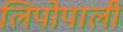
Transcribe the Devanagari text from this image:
लिपोपाली